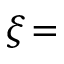
\xi \! =